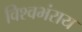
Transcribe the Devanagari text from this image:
विश्वभंराय